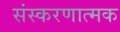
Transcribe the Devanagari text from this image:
संस्करणात्मक